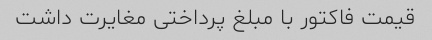
قیمت فاکتور با مبلغ پرداختی مغایرت داشت